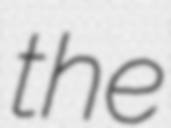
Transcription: the